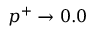
p ^ { + } \to 0 . 0